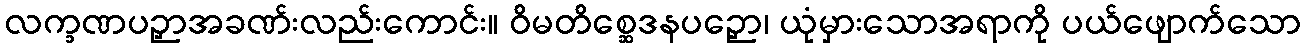
လက္ခဏပဉှာအခဏ်းလည်းကောင်း။ ဝိမတိစ္ဆေဒနပဉှော၊ ယုံမှားသောအရာကို ပယ်ဖျောက်သော